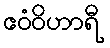
ဧဝံဝိဟာရီ